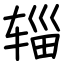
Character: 辎